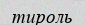
тироль